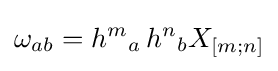
\omega _{ab}={h^{m}}_{a}\,{h^{n}}_{b}X_{[m;n]}